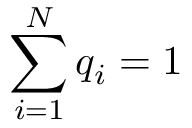
\sum _ { i = 1 } ^ { N } q _ { i } = 1